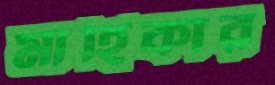
মাহিকার